Statistical return of the lunatic asylum in Assam - 1912-1932
Year: 1912
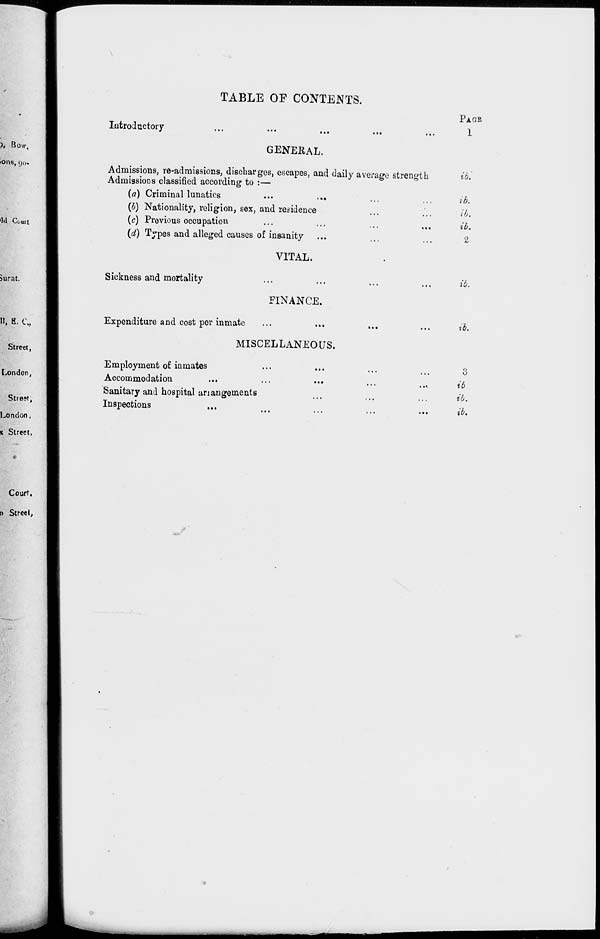
TABLE OF CONTENTS.
Introductory
GENERAL.
Admissions, re-admissions, discharges, escapes, and daily average strength
Admissions classified according to :—
(a) Criminal lunatics
...
...
(b) Nationality, religion, sex, and residence
(c) Previous occupation
(d) Types and alleged causes of insanity
Sickness and mortality
VITAL.
FINANCE.
Expenditure and cost per inmate
MISCELLANEOUS.
Employment of inmates
Accommodation
...
...
...
Sanitary and hospital anangements
Inspections
PACK
1
to.
ib.
ib.
ib.
2
ib.
ib.
3
ib.
ib.
ib.